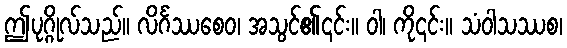
ဤပုဂ္ဂိုလ်သည်။ လိင်္ဂဿစေဝ၊ အသွင်၏၎င်း။ ဝါ၊ ကို၎င်း။ သံဝါသဿစ၊